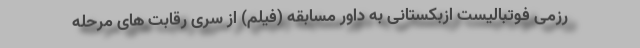
رزمی فوتبالیست ازبکستانی به داور مسابقه (فیلم) از سری رقابت های مرحله